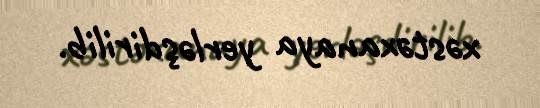
xəstəxanaya yerləşdirilib.